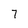
Character: 7